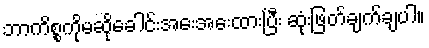
ဘာကိစ္စကိုမဆိုခေါင်းအေးအေးထားပြီး ဆုံးဖြတ်ချက်ချပါ။